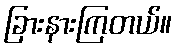
ခြားနားကြတယ်။